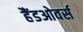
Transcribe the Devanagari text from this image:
हैंडओवर्स